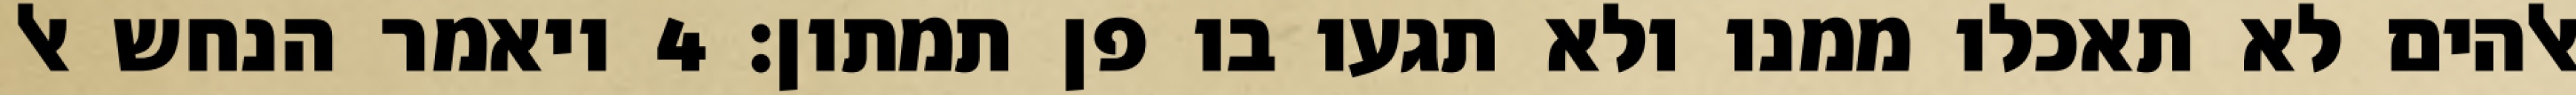
אלהים לא תאכלו ממנו ולא תגעו בו פן תמתון׃ ‎4‏ ויאמר הנחש אל